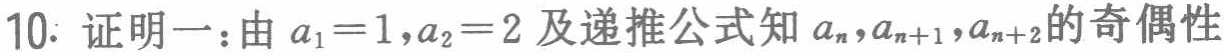
10. 证明一：由 \(a_1 = 1,a_2 = 2\) 及递推公式知 \(a_n,a_{n + 1},a_{n+2}\) 的奇偶性